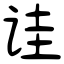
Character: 诖